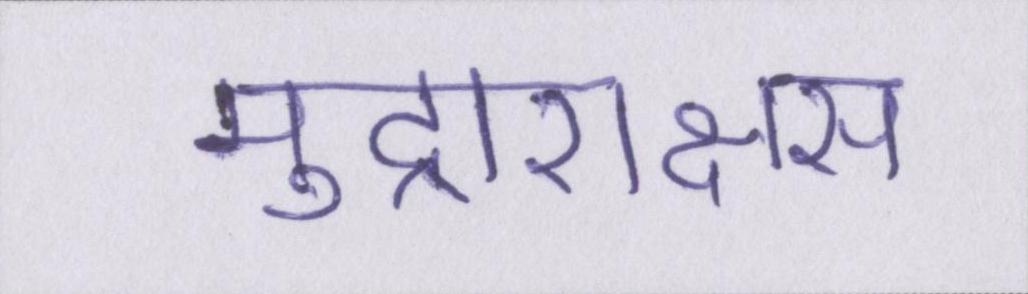
मुद्राराक्षस